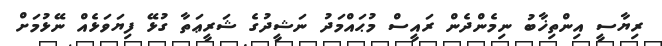
ރިޔާސީ އިންތިޚާބު ނިމެންދެން ރައީސް މުޙައްމަދު ނަޝީދުގެ ޝަރީޢަތާ ގުޅޭ ފިޔަވަޅެއް ނޭޅުމަށް